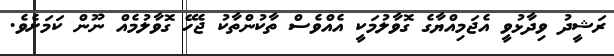
ރަޝީދު ވިދާޅުވީ އެޖަމިއްޔާގެ ގޮވާލުމަކީ އެއްވެސް ތާކުންތާކު ޖެހޭ ގޮވާލުމެއް ނޫން ކަމަށެވެ.